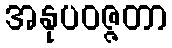
အနုပဝဇ္ဇတာ